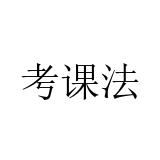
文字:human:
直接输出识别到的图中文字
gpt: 考课法